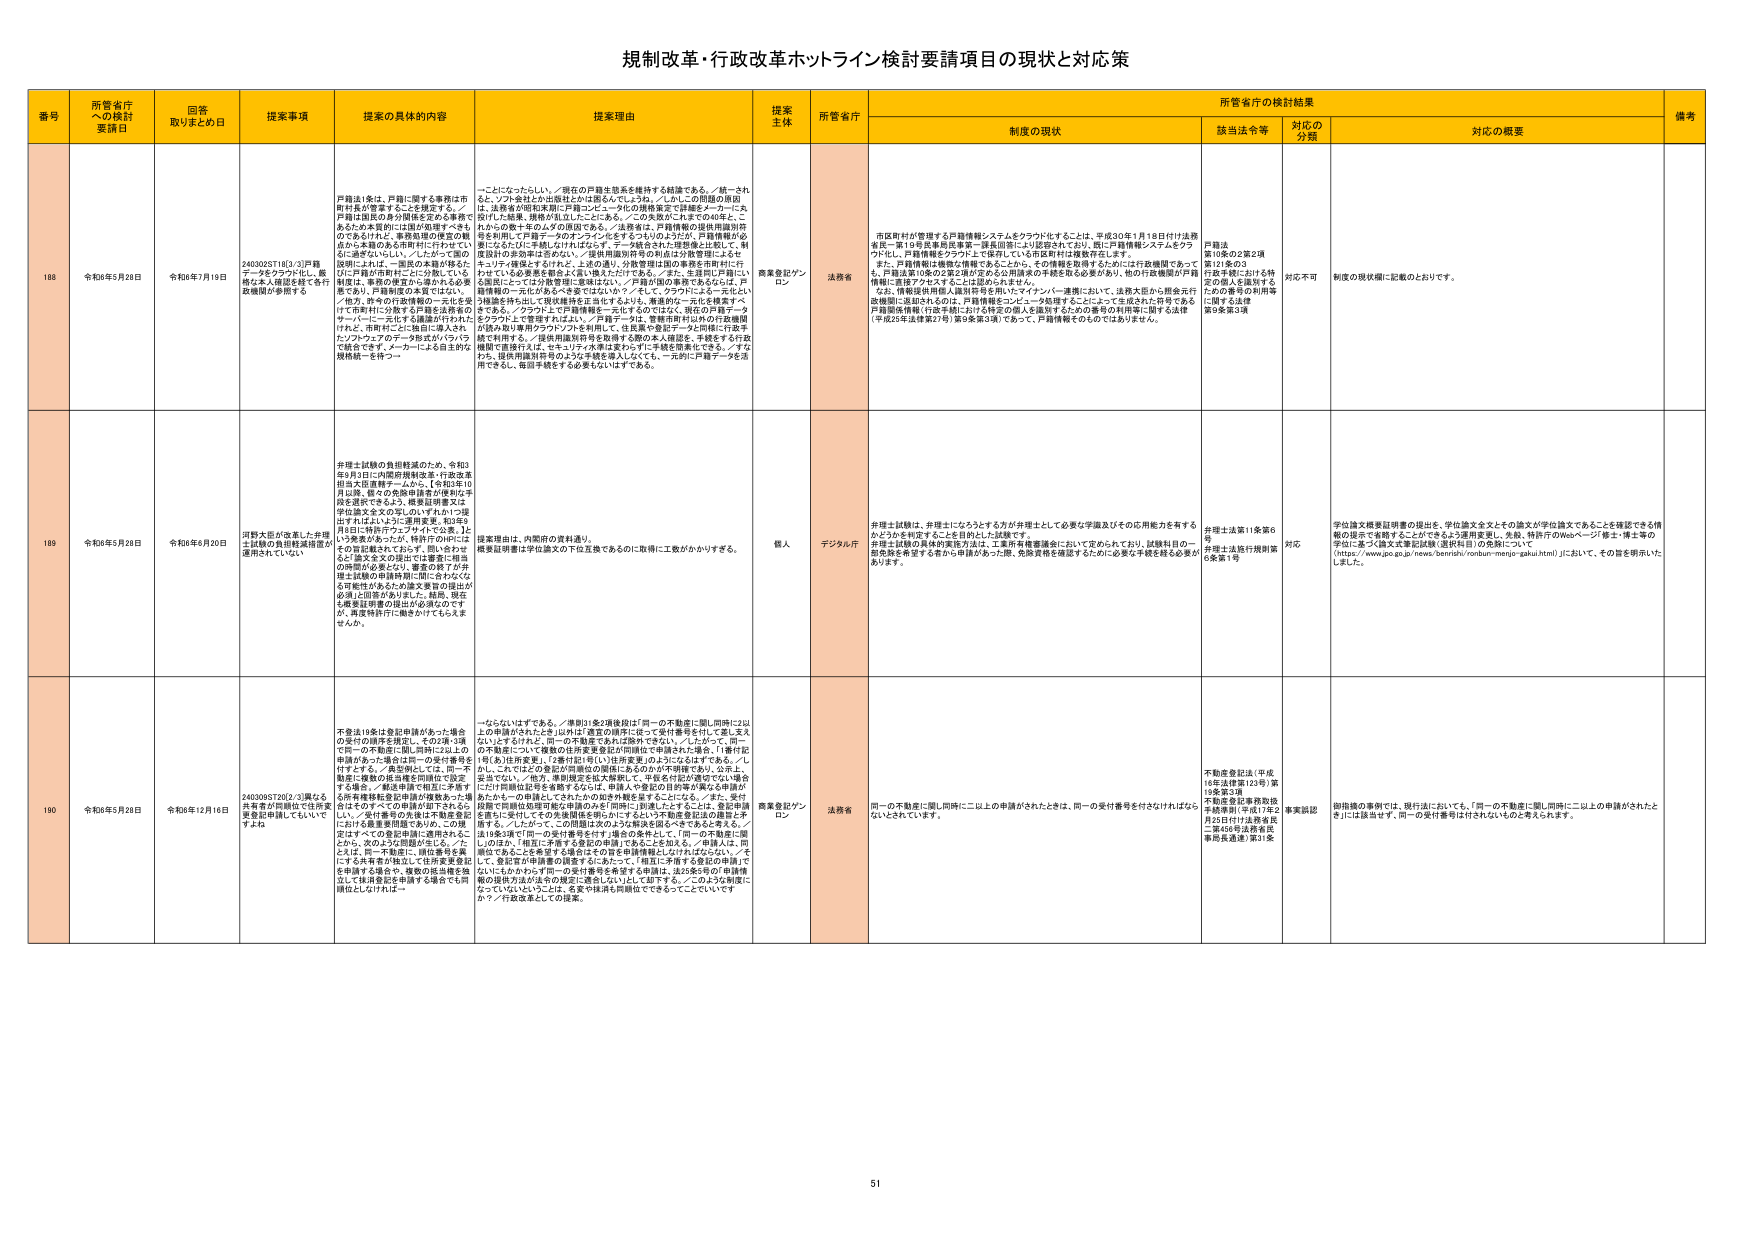
規制改革・行政改革ホットライン検討要請項目の現状と対応策

番号 所管省庁への検討要請日 回答取りまとめ日 提案事項 提案の具体的内容 提案理由 提案主体 所管省庁 制度の現状 所管省庁の検討結果 備考
該当法令等 対応の分類 対応の概要

188 令和6年5月28日 令和6年7月19日 2403025T18[3/3]戸籍データをクラウド化し、厳格な本人確認を経て本庁行政機関が参照する 戸籍法1条は、戸籍に関する事務は市町村長が管掌することを定める。戸籍は国民の身分関係を定める事務であるため本質的には国が処理すべきものであるけれども、事務処理の便宜の観点から本籍のある市町村に付与されている。逆に言えば、ノンレジデンス制の欧州には、一連の公共届出等を、ひとつの市町村に一元的に分散している。戸籍法の改正で、市町村が戸籍データを管理であり、戸籍制度の本質ではない。一方、市町村に一元化する戸籍を本籍のサーバーに一元化する構造が行われた。けれども、市町村ごとに独自に導入されたソフトウェアのデータ形式がバラバラで統合できず、メーカーによる自主的な規格統一を持つ。 一元化にたったし、／現在の戸籍生態系を維持する結論である。／統一されると、ソフト会社とか出版社とかは困るんでしょうから、／しかしこの問題の原因は、法務省が昭和末期に戸籍コントローラの機能集をで詳細をメーカーに交付した結果、規格が互いに立ったことにある。／この失敗がこれまで40年と、これからの数十年の人の負担である。／法務省は、戸籍情報の提供用識別符号を採用して戸籍データのオンライン化をすすめているのだが、戸籍情報が必要になるに応じて申請しなければならず、データは各々が入力管理に拠って、制度設計の非常に非効率な。／提供用識別符号の共通は労働管理によるセキュリティ確保とするけれど、上記の通り、分散管理は国の要務を市町村に行政で行っている必要を根本より言い換えただけである。／また、生涯同じ戸籍に、3番目にたっては労働管理に委譲されており、／戸籍が国の事務であるならば、戸籍情報の一元化があるべきではないか？／そして、クラウドによる一元化という結論を付与して現状維持を正当化するより、集約的な一元化を推進すべきである。／クラウド上で戸籍情報を一元化するのではなく、既存の戸籍データをクラウド上で管理するばあいは、戸籍データは、管理市町村以外の行政機関が読み取り専用クラウドソフトを利用して、各氏票や登記データと同様に行政書類で利用する。／提供用識別符号を取得する際の本人確認を、手続きする行政機関で直接行えば、セキュリティ水準は変わらずに手続き簡便化できる。／すなわち、提供用識別符号のような手続を導入しなくても、一元的に戸籍データを活用できるし、毎回手続する必要もなしはする。 商業登記グンロン 法務省 市民町村が管理する戸籍情報システムをクラウド化することは、平成30年1月18日付け法務省民一第119号民事局民事第一課長回票により認容されており、既に戸籍情報システムをクラウド化し、戸籍情報をクラウド上で保存している市区町村は複数存在します。また、戸籍情報は機微な情報であることから、その情報を取得するためには行政機関であっても、戸籍法第10条の2第2項で定める公用請求の手続を取る必要があり、他の行政機関が戸籍情報に直接アクセスすることは認められません。なお、情報提供用個人識別符号を用いたマイナンバー連携において、法務大臣から照会元行政機関に通知されるのは、戸籍情報とコンピュータ処理することによって生成された所有である戸籍関係情報（行政手続における特定の個人を識別するための番号の利用等に関する法律（平成23年法律第27号）第9条第3項）であって、戸籍情報そのものではありません。 戸籍法第10条の2第2項第121条の3 行政手続における特定の個人を識別するための番号の利用等に関する法律第9条第3項 対応不可 制度の現状欄に記載のとおりです。

189 令和6年5月28日 令和6年6月20日 川野大臣が改憲した弁理士試験の負担軽減措置が適用されていない 弁理士試験の負担軽減のため、令和3年6月1日に内閣府規制改革・行政改革推進法大臣連携チームから、【令和3年10月以降、個々の免除申請を行政が弁理士選択できるよう、概要説明書又は学位論文を公のものにいずれか1つ提出すればよいように要請書、和3年9月8日に特許庁ウェブサイトで公表、1より実施があったが、特許庁の対応はその旨記載されておらず、問い合わせると、論文を公の届出では審査に相当の期間が必要となり、要望の終了が弁理士試験の申請時期に間に合わなくなる可能性があるため追加要望の提出が必須」と回答がありました。結局、現在も概要説明書の提出は必須のままでますが、再度特許庁に働きかけてもらえませんか。 要望理由は、内閣府の資料通り、概要説明書は学位論文の下位互換であるのに取得に工数がかかりすぎる。 個人 デジタル庁 弁理士試験は、弁理士になろうとする方が弁理士として必要な学識及びその応用能力を有するかどうかを判定することを目的とした試験です。弁理士試験の具体的実施方法は、工業所有権審議会において定められており、試験科目の一部免除を希望する者から申請があった際、免除資格を確認するために必要な手続を踏む必要があります。 弁理士法第11条第6号 弁理士法施行規則第6条第1号 対応 学位論文概要説明書の提出を、学位論文全文との論文が学位論文であることを確認できる情報の提示で省略することができるよう運用変更し、免許、特許庁のWebページ「修士・博士等の学位に基づく論文式筆記試験（選択科目）の免除について（https://www.jpo.go.jp/news/benri/roshun-menjo-gaku.html）」において、その旨を明示いたしました。

190 令和6年5月28日 令和6年12月16日 2403085T20[2/3]異なる共有者が同様に不法変更登記申請してもいいですか 不法法19条は登記申請があった場合の要件の順序を規定し、その2条・3条で同一の不動産に同じ同時に以上の申請があった場合は同一の受付番号を付与する。／条記明しては、同一不動産に複数の登記権を同時におこなう場合、／補足申請で相応に不連続する所有権移転登記申請が複数あった場合に付与するすべての申請が以下のとおり、／同一不動産の共有者が不動産登記における変更申請等であれば、この規定はすべての登記申請に適用されるこ とから、次のような問題が生じる。／たとえば、同一不動産に、同じ番号を異にする共有者が独立して住所変更登記を申請する場合や、複数の抵当権を独立して抵当登記を申請する場合でも同様にしたとすれば… 一ならないはずである。／準別31条2項後段は「同一の不動産に同じ同時に以上の申請がされたときは」は「直近の順序に従って受付番号を付して差し支えない」とするけれど、同一の不動産であれば除外できない。／したがって、同一の不動産について複数の住所変更登記が同時性で申請された場合、「1番付記（何）を」注釈を要し、「2番付記（何）」は注釈要りのようにはなすである。／しかしこれではどの登記が同順位の関係にあるのかが不明確であり、公示し、妥当ではない。／他方、市町村登記法大綱規定で、申告を付記が適切でない場合に付記順位記号を省略するならば、申請人の登記の目的等が異なる申請がおたるもの申請としてされたかの如き外観を呈することになる。／また、受付制限で同順位処理可能な申請のみが同時に到達したときには、登記申請を即時に受付してその先後順位を明らかにするという不動産登記法の趣旨と矛盾する。／したがって、この問題は次のように解決を図るべきであると考える。／法19条3項で「同一の受付番号を付す」場合の条件として、「同一の不動産に関し、01は」「相互に矛盾する登記の申請（次条にとどまらない。／申請人は、同順位であることを希望する場合はその旨を申請情報としなければならない。／そして、登記官が申請書の誤審を示したたって、／相互に矛盾する登記の申請にないにもかかわらず同一の受付番号を希望する申請は、法25条5項の「申請情報の提供方法が法令の規定に適合しない」として却下する。／このような制度にたっていいかというとは、必要や採用も両親はできることとこえていいですか？／行政改革としての提案。 商業登記グンロン 法務省 同一の不動産に同じ同時に以上の申請がされたときは、同一の受付番号を付さなければならないとされています。 不動産登記法（平成16年法律第123号）第19条第3項 不動産登記業務取扱手続要領（平成17年2月25日付け法務省民二第456号法務省民事局長通知）第11条 事実認認 御指摘の事例では、現行法においても、「同一の不動産に同じ同時に以上の申請がされたとき」には該当せず、同一の受付番号は付けないものと考えられます。

51